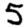
Digit: 5